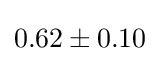
0.62\pm 0.10